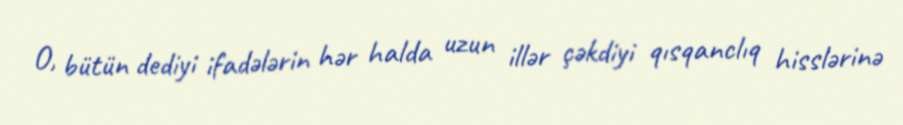
O, bütün dediyi ifadələrin hər halda uzun illər çəkdiyi qısqanclıq hisslərinə